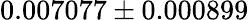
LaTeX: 0.007077\pm 0.000899